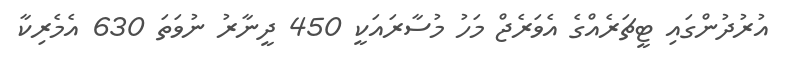
އުރުދުންގައި ޓީޗަރެއްގެ އެވަރެޖް މަހު މުސާރައަކީ 450 ދީނާރު ނުވަތަ 630 އެމެރިކާ